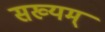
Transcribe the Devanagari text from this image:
सख्यम्